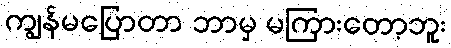
ကျွန်မပြောတာ ဘာမှ မကြားတော့ဘူး